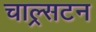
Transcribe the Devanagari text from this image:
चाल्र्सटन